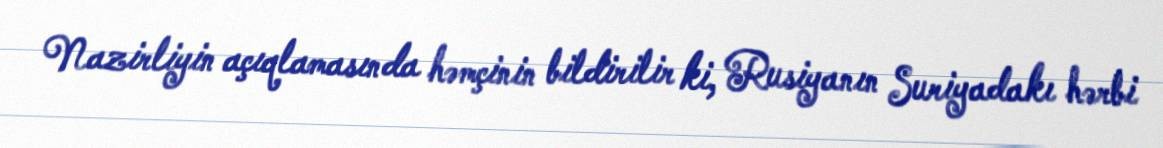
Nazirliyin açıqlamasında həmçinin bildirilir ki, Rusiyanın Suriyadakı hərbi